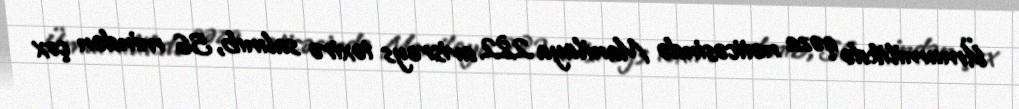
Ümumilikdə qəza nəticəsində Manilaya 282 avisreys təxirə salınıb, 56 mindən çox